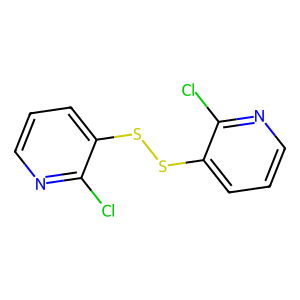
SMILES: Clc1ncccc1SSc1cccnc1Cl
Inhibits HIV replication: No